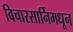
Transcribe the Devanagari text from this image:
विचारसार्निमधून